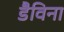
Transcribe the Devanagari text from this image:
डैविना